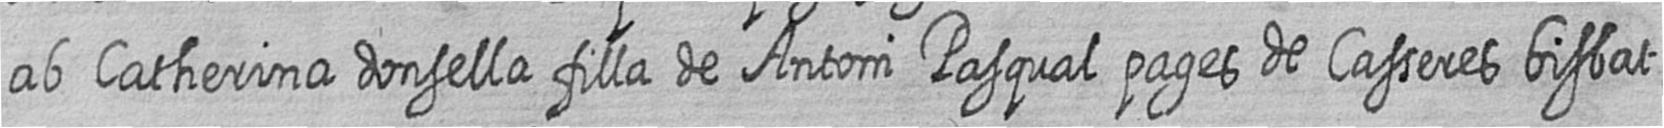
ab Catherina donsella filla de Antoni Pasqual pages de Casseres bisbat